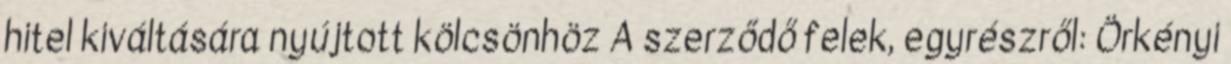
hitel kiváltására nyújtott kölcsönhöz A szerződő felek, egyrészről: Örkényi